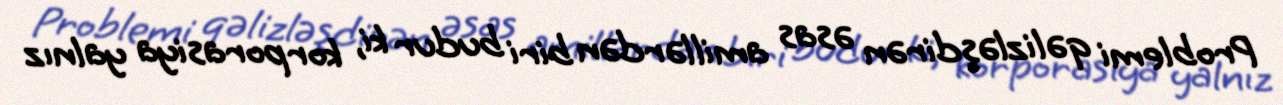
Problemi qəlizləşdirən əsas amillərdən biri budur ki, korporasiya yalnız